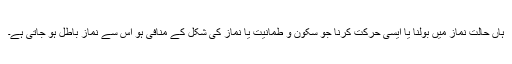
ہاں حالت نماز میں بولنا یا ایسی حرکت کرنا جو سکون و طمانیت یا نماز کی شکل کے منافی ہو اس سے نماز باطل ہو جاتی ہے۔